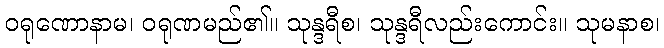
ဝရုဏောနာမ၊ ဝရုဏမည်၏။ သုန္ဒရီစ၊ သုန္ဒရီလည်းကောင်း။ သုမနာစ၊